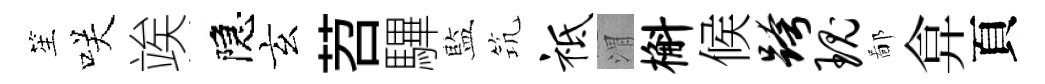
笙咲竢隠玄苕驆藍𥬑祗渭槲候跨瑰鄙弇頁